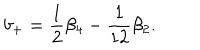
b _ { + } = \frac 1 2 \beta _ { 4 } - \frac 1 { 1 2 } \beta _ { 2 } .